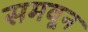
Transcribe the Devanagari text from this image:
समवून